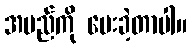
အမည်ကို ပေးခဲ့တာပါ။